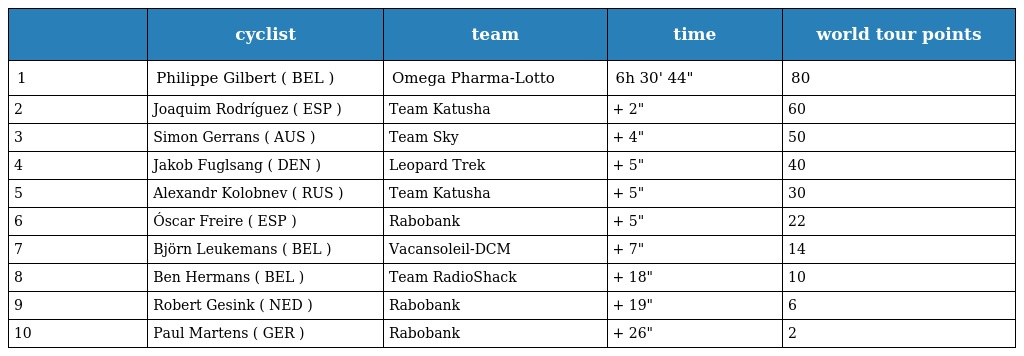
|  | cyclist | team | time | world tour points |
 | --- | --- | --- | --- | --- |
 | 1 | Philippe Gilbert ( BEL ) | Omega Pharma-Lotto | 6h 30' 44" | 80 |
 | 2 | Joaquim Rodríguez ( ESP ) | Team Katusha | + 2" | 60 |
 | 3 | Simon Gerrans ( AUS ) | Team Sky | + 4" | 50 |
 | 4 | Jakob Fuglsang ( DEN ) | Leopard Trek | + 5" | 40 |
 | 5 | Alexandr Kolobnev ( RUS ) | Team Katusha | + 5" | 30 |
 | 6 | Óscar Freire ( ESP ) | Rabobank | + 5" | 22 |
 | 7 | Björn Leukemans ( BEL ) | Vacansoleil-DCM | + 7" | 14 |
 | 8 | Ben Hermans ( BEL ) | Team RadioShack | + 18" | 10 |
 | 9 | Robert Gesink ( NED ) | Rabobank | + 19" | 6 |
 | 10 | Paul Martens ( GER ) | Rabobank | + 26" | 2 |